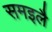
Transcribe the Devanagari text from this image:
समइलै